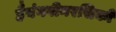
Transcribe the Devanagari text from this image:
हैयंगवीनरसिको